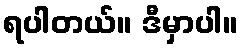
ရပါတယ်။ ဒီမှာပါ။